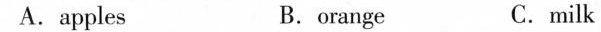
A.apples B.orange C.milk